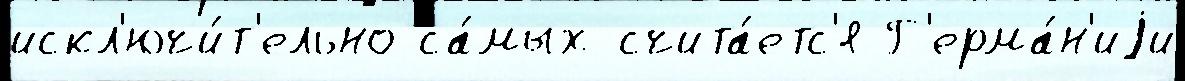
искл'ючи́т'ельно са́мых счита́етс'я Г'ерма́н'иjи